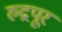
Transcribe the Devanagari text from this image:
रुद्रपूर